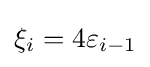
{\textstyle \xi _{i}=4\varepsilon _{i-1}}